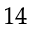
^ { 1 4 }